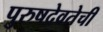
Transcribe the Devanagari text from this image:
पुरुषदेवतेची